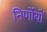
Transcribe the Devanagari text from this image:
निर्णोयों